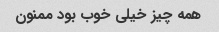
همه چیز خیلی خوب بود ممنون